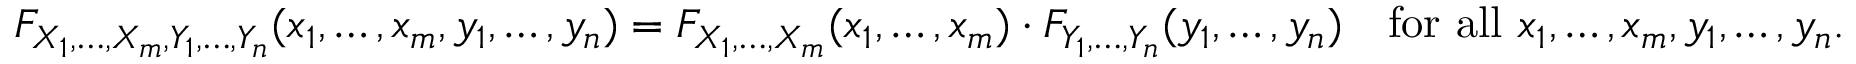
F _ { X _ { 1 } , \ldots , X _ { m } , Y _ { 1 } , \ldots , Y _ { n } } ( x _ { 1 } , \ldots , x _ { m } , y _ { 1 } , \ldots , y _ { n } ) = F _ { X _ { 1 } , \ldots , X _ { m } } ( x _ { 1 } , \ldots , x _ { m } ) \cdot F _ { Y _ { 1 } , \ldots , Y _ { n } } ( y _ { 1 } , \ldots , y _ { n } ) \quad { \mathrm { f o r ~ a l l ~ } } x _ { 1 } , \ldots , x _ { m } , y _ { 1 } , \ldots , y _ { n } .